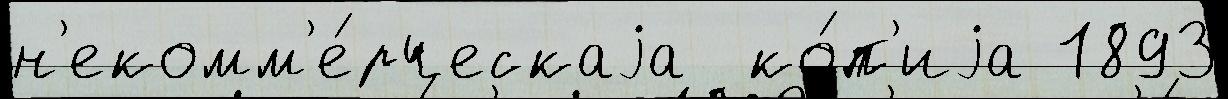
н'екомм'е́рческаjа  ко́п'иjа 1893